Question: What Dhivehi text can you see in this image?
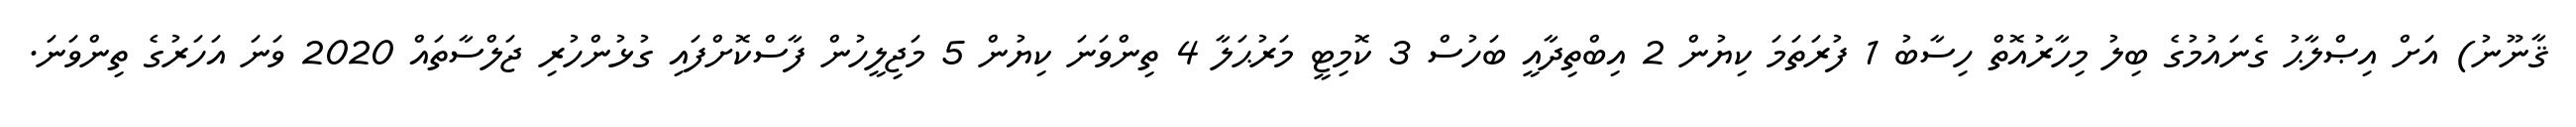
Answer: ޤާނޫނު) އަށް އިޞްލާޙު ގެނައުމުގެ ބިލު މިހާރުއޮތް ހިސާބު 1 ފުރަތަމަ ކިޔުން 2 އިބްތިދާއީ ބަހުސް 3 ކޮމިޓީ މަރުޙަލާ 4 ތިންވަނަ ކިޔުން 5 މަޖިލީހުން ފާސްކޮށްފައި ގުޅުންހުރި ޖަލްސާތައް 2020 ވަނަ އަހަރުގެ ތިންވަނަ.